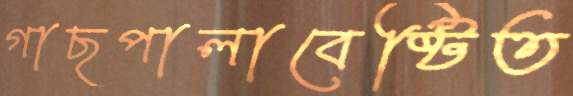
গাছপালাবেষ্টিত